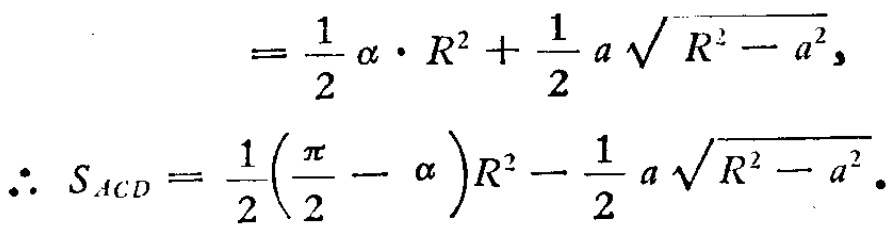
\[
= \frac{1}{2} \alpha \cdot R^{2}+\frac{1}{2} a \sqrt{R^{2}-a^{2}},
\]
\[
\therefore S_{ACD}=\frac{1}{2}\left(\frac{\pi}{2}-\alpha\right) R^{2}-\frac{1}{2} a \sqrt{R^{2}-a^{2}}.
\]